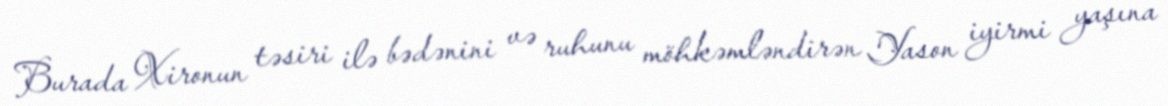
Burada Xironun təsiri ilə bədənini və ruhunu möhkəmləndirən Yason iyirmi yaşına